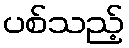
ပစ်သည့်